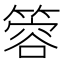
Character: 䈶